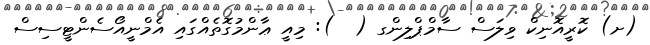
(ށ) ކޮރީއޮނިކް ވިލަސް ސާމްޕްލިންގ (  ): މިއީ ޢާންމުގޮތެއްގައި އެމްނީއޯސެންޓީސިސް